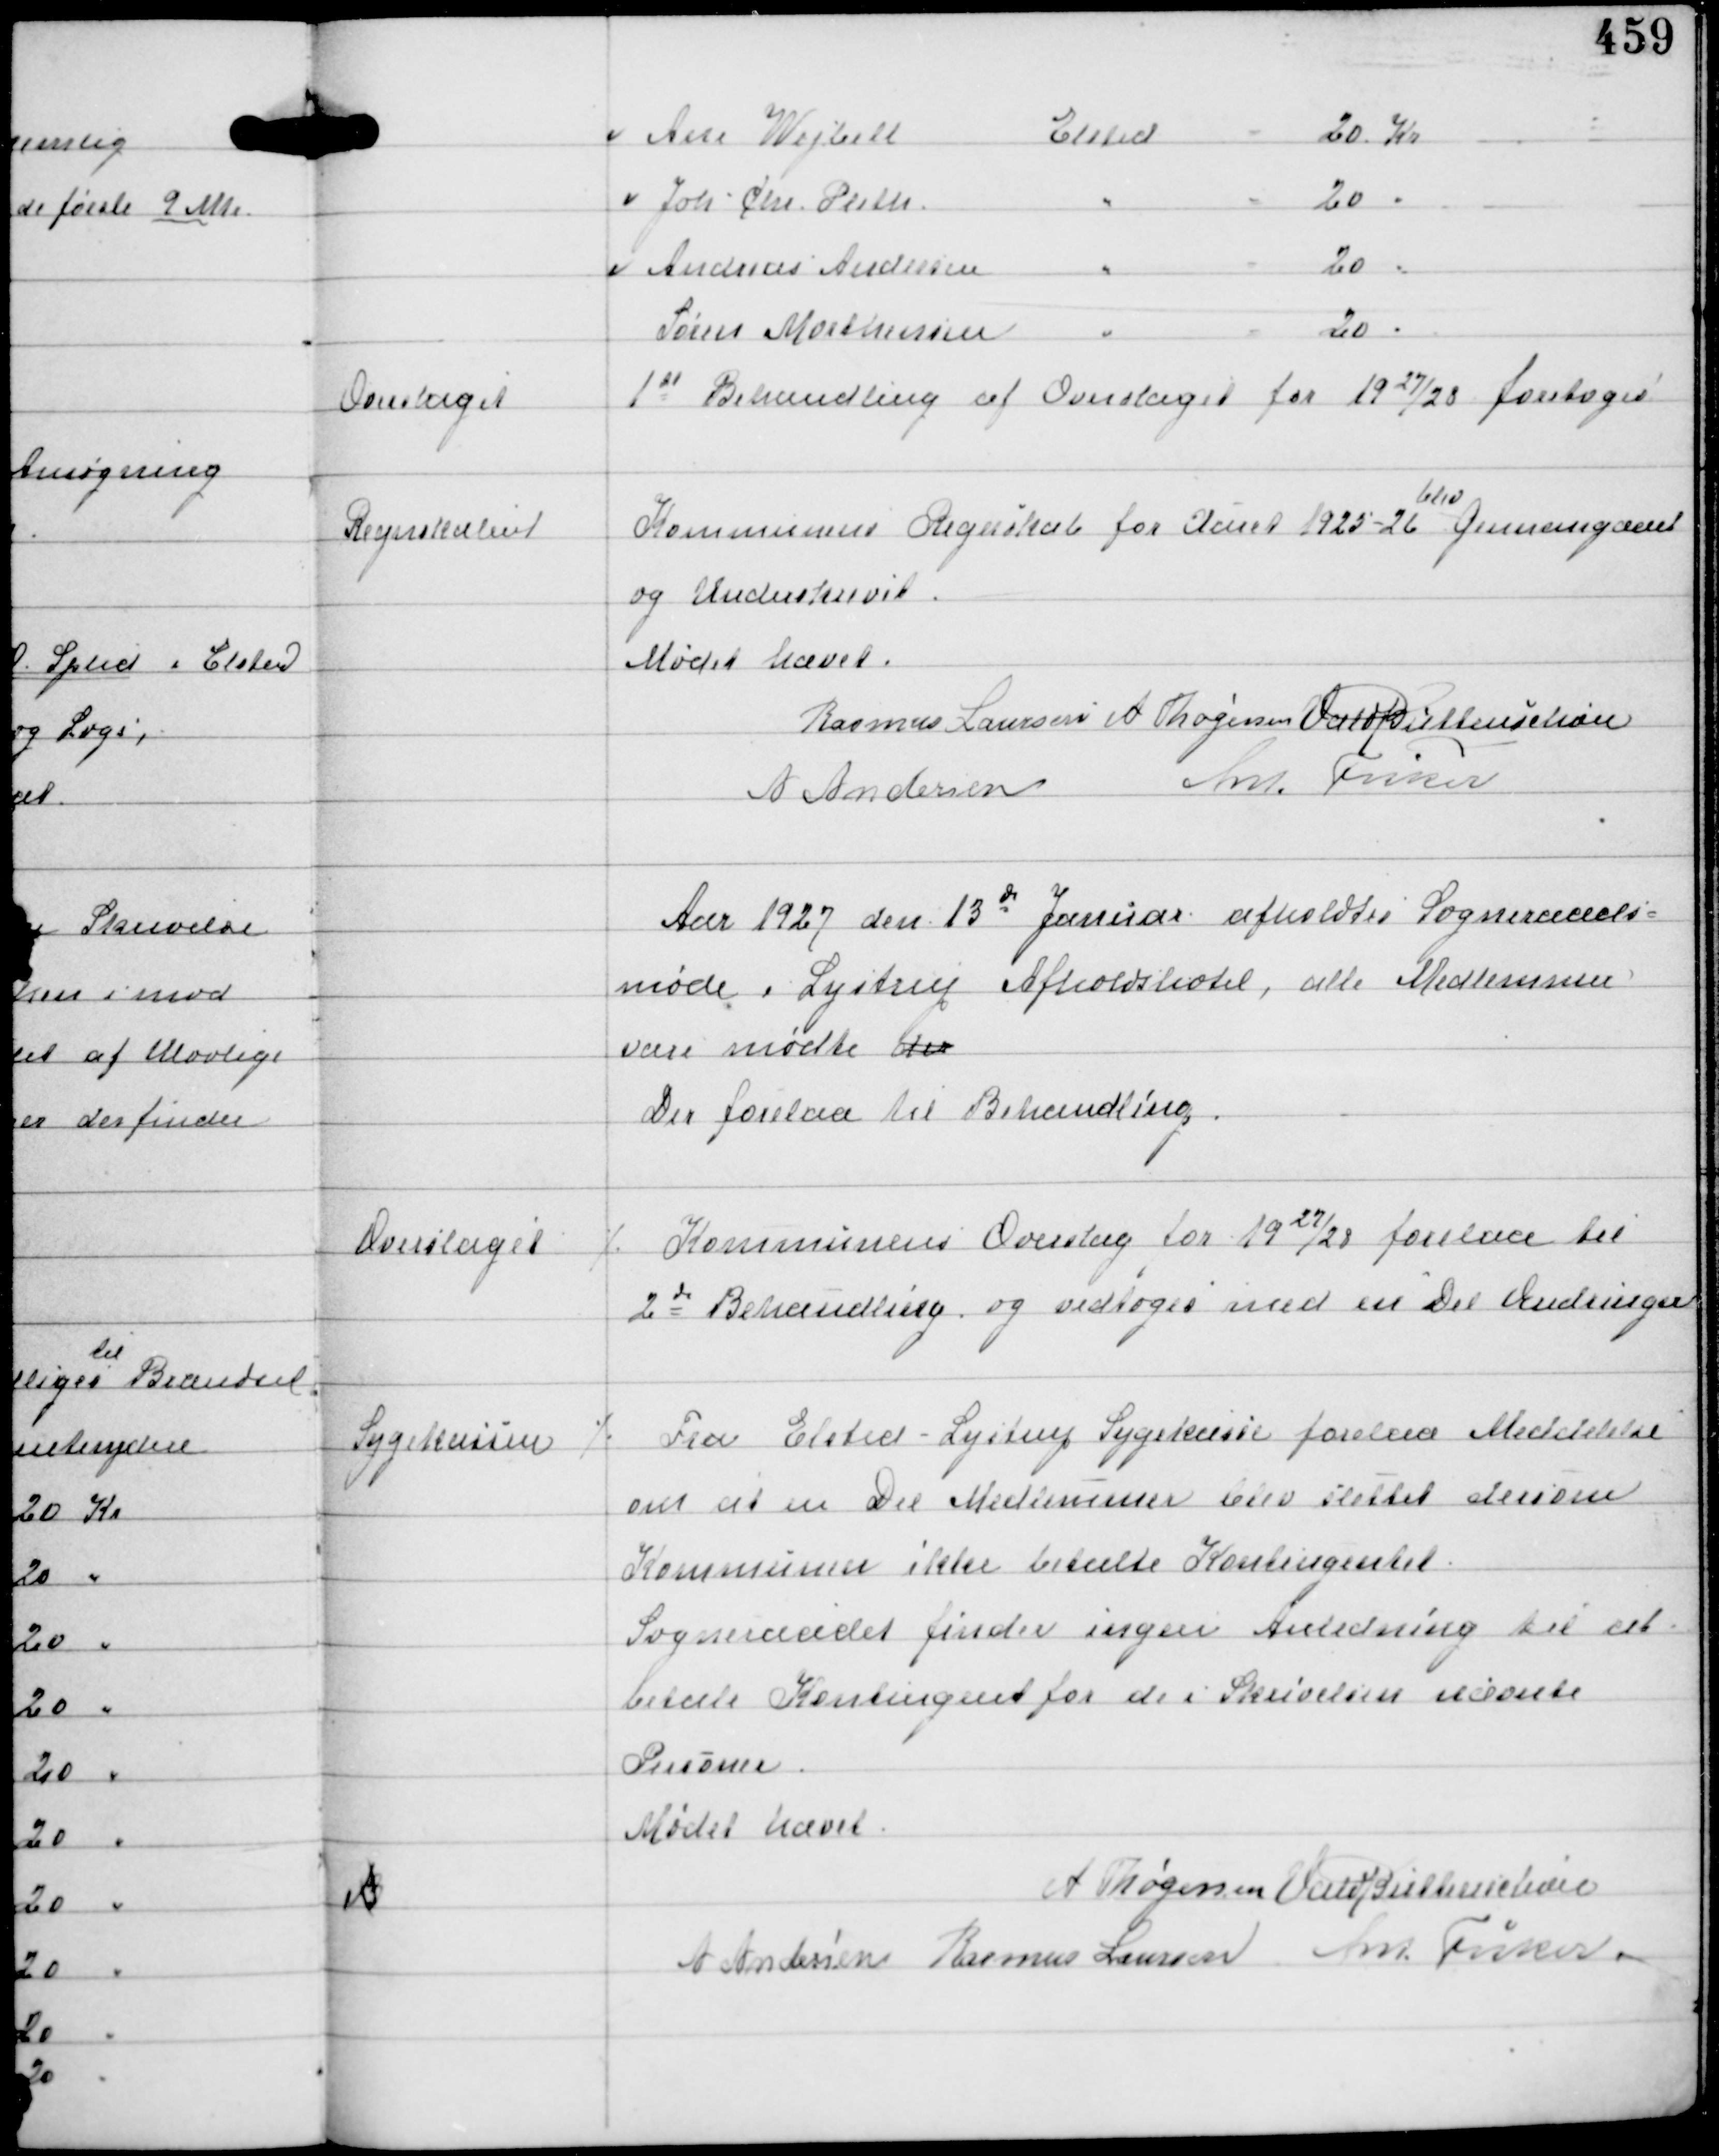
Transskription:
Overslaget

1st Behandling af Overslaget for 1927/28 foretoges

Regnskabet

Kommunens Regnskab for Aaret 1925-26
blev
gennemgaaet
og Underskrevet.

Mødet hævet.
Rasmus Laursen A Thøgersen Vald Buttenschøn
A Andersen Ant Fisker

Aar 1927 den 13d Januar afholdtes Sogneraads-
møde i Lystrup Afholdshotel, alle Medlemmer
vare mødte der
Der forelaa til Behandling.

Overslaget

⁒ Kommunens Overslag for 1927/28 forelaa til
2d Behandling og vedtoges med en Del Ændringer

Sygekassen

⁒ Fra Elsted-Lystrup Sygekasse forelaa Meddelse
om at en Del Medlemmer blev slettet dersom
Kommunen ikke betalte Kontingentet
Sogneraadet finder ingen Anledning til at
betale Kontingentet for de i Skrivelsen nævnte
Personer.

A

Mødet hævet
A Thøgersen Vald Buttenschøn
A Andersen Rasmus Laursen Ant Fisker